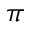
\pi